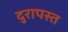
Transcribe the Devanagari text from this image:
दुरापस्त